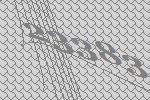
23383